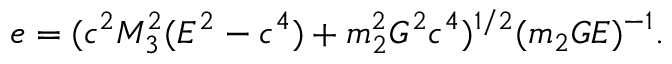
e = ( c ^ { 2 } M _ { 3 } ^ { 2 } ( E ^ { 2 } - c ^ { 4 } ) + m _ { 2 } ^ { 2 } G ^ { 2 } c ^ { 4 } ) ^ { 1 / 2 } ( m _ { 2 } G E ) ^ { - 1 } .